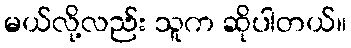
မယ်လို့လည်း သူက ဆိုပါတယ်။